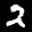
Label: 2